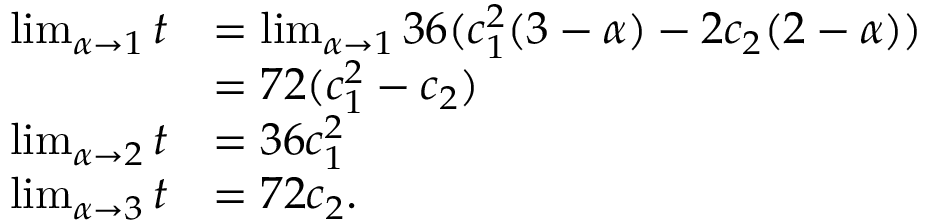
\begin{array} { r l } { \operatorname* { l i m } _ { \alpha \to 1 } t } & { = \operatorname* { l i m } _ { \alpha \to 1 } 3 6 ( c _ { 1 } ^ { 2 } ( 3 - \alpha ) - 2 c _ { 2 } ( 2 - \alpha ) ) } \\ & { = 7 2 ( c _ { 1 } ^ { 2 } - c _ { 2 } ) } \\ { \operatorname* { l i m } _ { \alpha \to 2 } t } & { = 3 6 c _ { 1 } ^ { 2 } } \\ { \operatorname* { l i m } _ { \alpha \to 3 } t } & { = 7 2 c _ { 2 } . } \end{array}